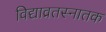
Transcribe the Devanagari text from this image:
विद्याव्रतस्नातक